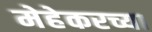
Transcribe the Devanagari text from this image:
मेहेकरच्या